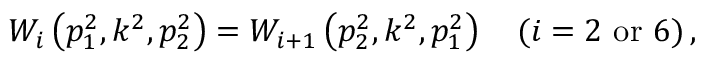
W _ { i } \left( p _ { 1 } ^ { 2 } , k ^ { 2 } , p _ { 2 } ^ { 2 } \right) = W _ { i + 1 } \left( p _ { 2 } ^ { 2 } , k ^ { 2 } , p _ { 1 } ^ { 2 } \right) \quad ( i = 2 \, \, \mathrm { { o r } } \, \, 6 ) \, ,